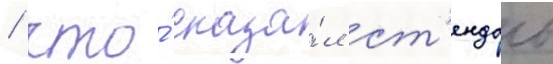
/ что́ сказа́л ст'ендаль